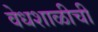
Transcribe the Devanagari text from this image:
वेधशाळीची